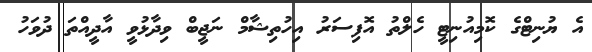
އެ ޔުނިޓްގެ ކޮމިއުނިޓީ ހެލްތު އޮފިސަރު އިހުތިޝާމް ނަޖީބް ވިދާޅުވީ އާދީއްތަ ދުވަހު